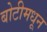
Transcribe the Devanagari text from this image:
बोटीमधून